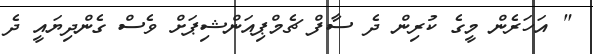
" އަހަރެން މީގެ ކުރިން ދެ ސާފް ޗެމްޕިއަންޝިޕަށް ވެސް ގެންދިޔައީ ދެ